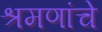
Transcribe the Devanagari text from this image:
श्रमणांचे